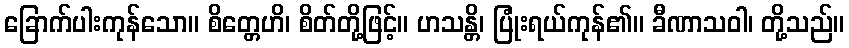
ခြောက်ပါးကုန်သော။ စိတ္တေဟိ၊ စိတ်တို့ဖြင့်။ ဟသန္တိ၊ ပြုံးရယ်ကုန်၏။ ခီဏာသဝါ၊ တို့သည်။